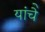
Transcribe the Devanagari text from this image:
यांचेे